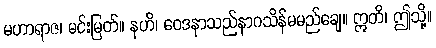
မဟာရာဇ၊ မင်းမြတ်။ နဟိ၊ ဝေဒနာသည်နာဂသိန်မမည်ချေ။ ဣတိ၊ ဤသို့။